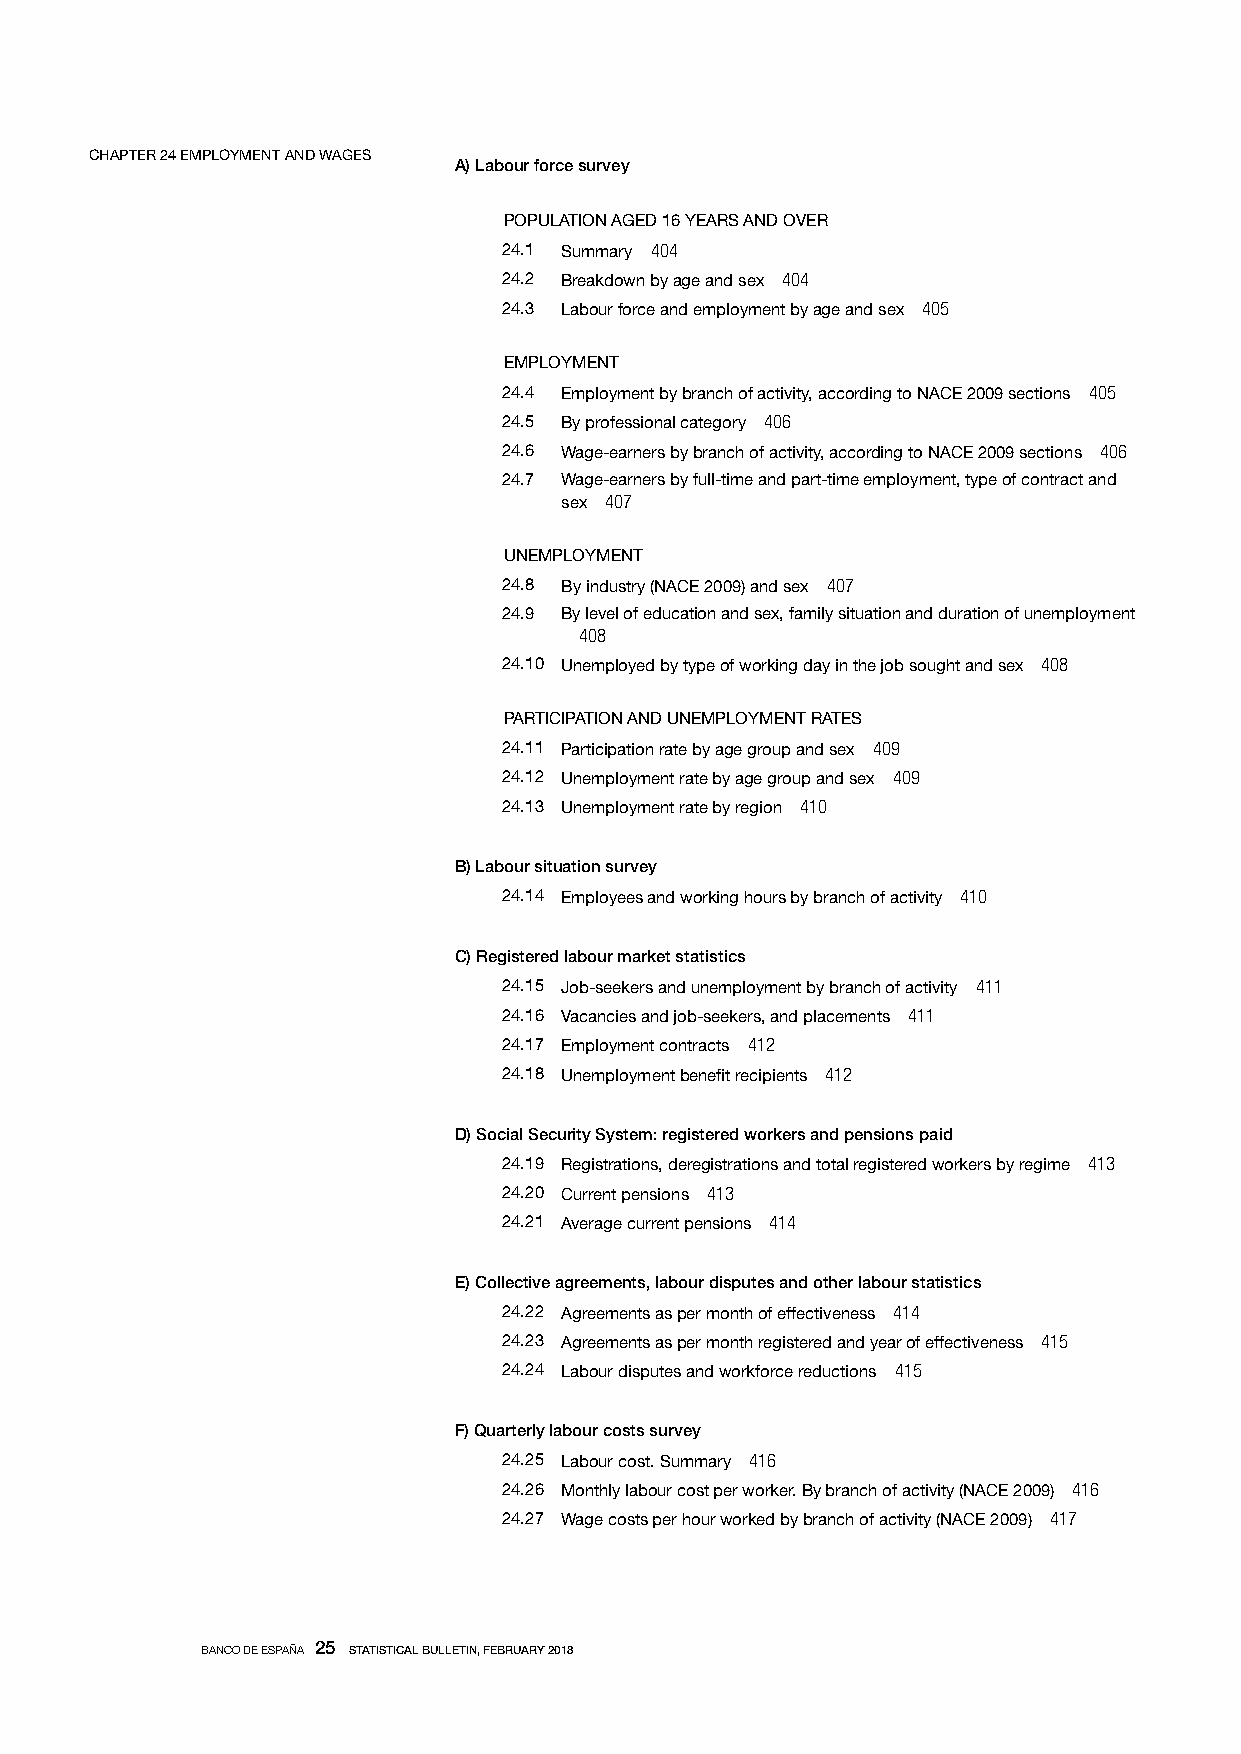
CHAPTER 24 EMPLOYMENT AND WAGES
 A) Labour force survey
 POPULATION AGED 16 YEARS AND OVER
 24.1 Summary 404
 24.2 Breakdown by age and sex 404
 24.3 Labour force and employment by age and sex 405
 EMPLOYMENT
 24.4 Employment by branch of activity, according to NACE 2009 sections 405
 24.5 By professional category 406
 24.6 Wage-earners by branch of activity, according to NACE 2009 sections 406
 24.7 Wage-earners by full-time and part-time employment, type of contract and
 sex 407
 UNEMPLOYMENT
 24.8 By industry (NACE 2009) and sex 407
 24.9 By level of education and sex, family situation and duration of unemployment
 408
 24.10 Unemployed by type of working day in the job sought and sex 408
 PARTICIPATION AND UNEMPLOYMENT RATES
 24.11 Participation rate by age group and sex 409
 24.12 Unemployment rate by age group and sex 409
 24.13 Unemployment rate by region 410
 B) Labour situation survey
 24.14 Employees and working hours by branch of activity 410
 C) Registered labour market statistics
 24.15 Job-seekers and unemployment by branch of activity 411
 24.16 Vacancies and job-seekers, and placements 411
 24.17 Employment contracts 412
 24.18 Unemployment benefit recipients 412
 D) Social Security System: registered workers and pensions paid
 24.19 Registrations, deregistrations and total registered workers by regime 413
 24.20 Current pensions 413
 24.21 Average current pensions 414
 E) Collective agreements, labour disputes and other labour statistics
 24.22 Agreements as per month of effectiveness 414
 24.23 Agreements as per month registered and year of effectiveness 415
 24.24 Labour disputes and workforce reductions 415
 F) Quarterly labour costs survey
 24.25 Labour cost. Summary 416
 24.26 Monthly labour cost per worker. By branch of activity (NACE 2009) 416
 24.27 Wage costs per hour worked by branch of activity (NACE 2009) 417
 BANCO DE ESPAÑA 25 STATISTICAL BULLETIN, FEBRUARY 2018